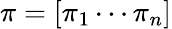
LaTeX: \pi=[\pi_{1}\cdots\pi_{n}]